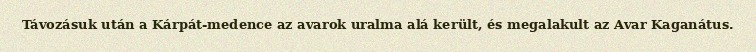
Távozásuk után a Kárpát-medence az avarok uralma alá került, és megalakult az Avar Kaganátus.